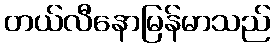
တယ်လီနောမြန်မာသည်